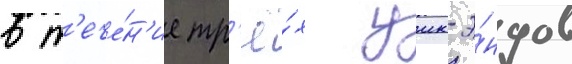
в т'ече́н'ие тр'ё́х уик-э́ндов